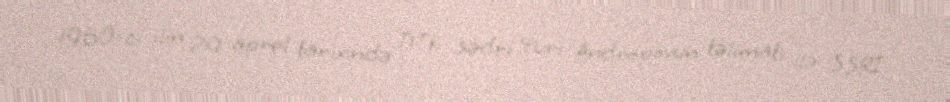
1960-cı ilin 29 aprel tarixində DTK sədri Yuri Andropovun təlimatı ilə SSRİ